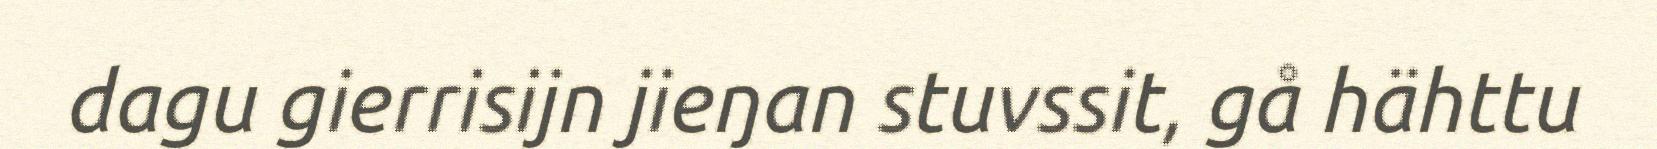
dagu gierrisijn jieŋan stuvssit, gå hähttu